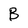
Character: B